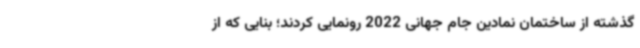
گذشته از ساختمان نمادین جام‌ جهانی 2022 رونمایی کردند؛ بنایی که از